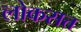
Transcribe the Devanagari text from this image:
लोकसत्त